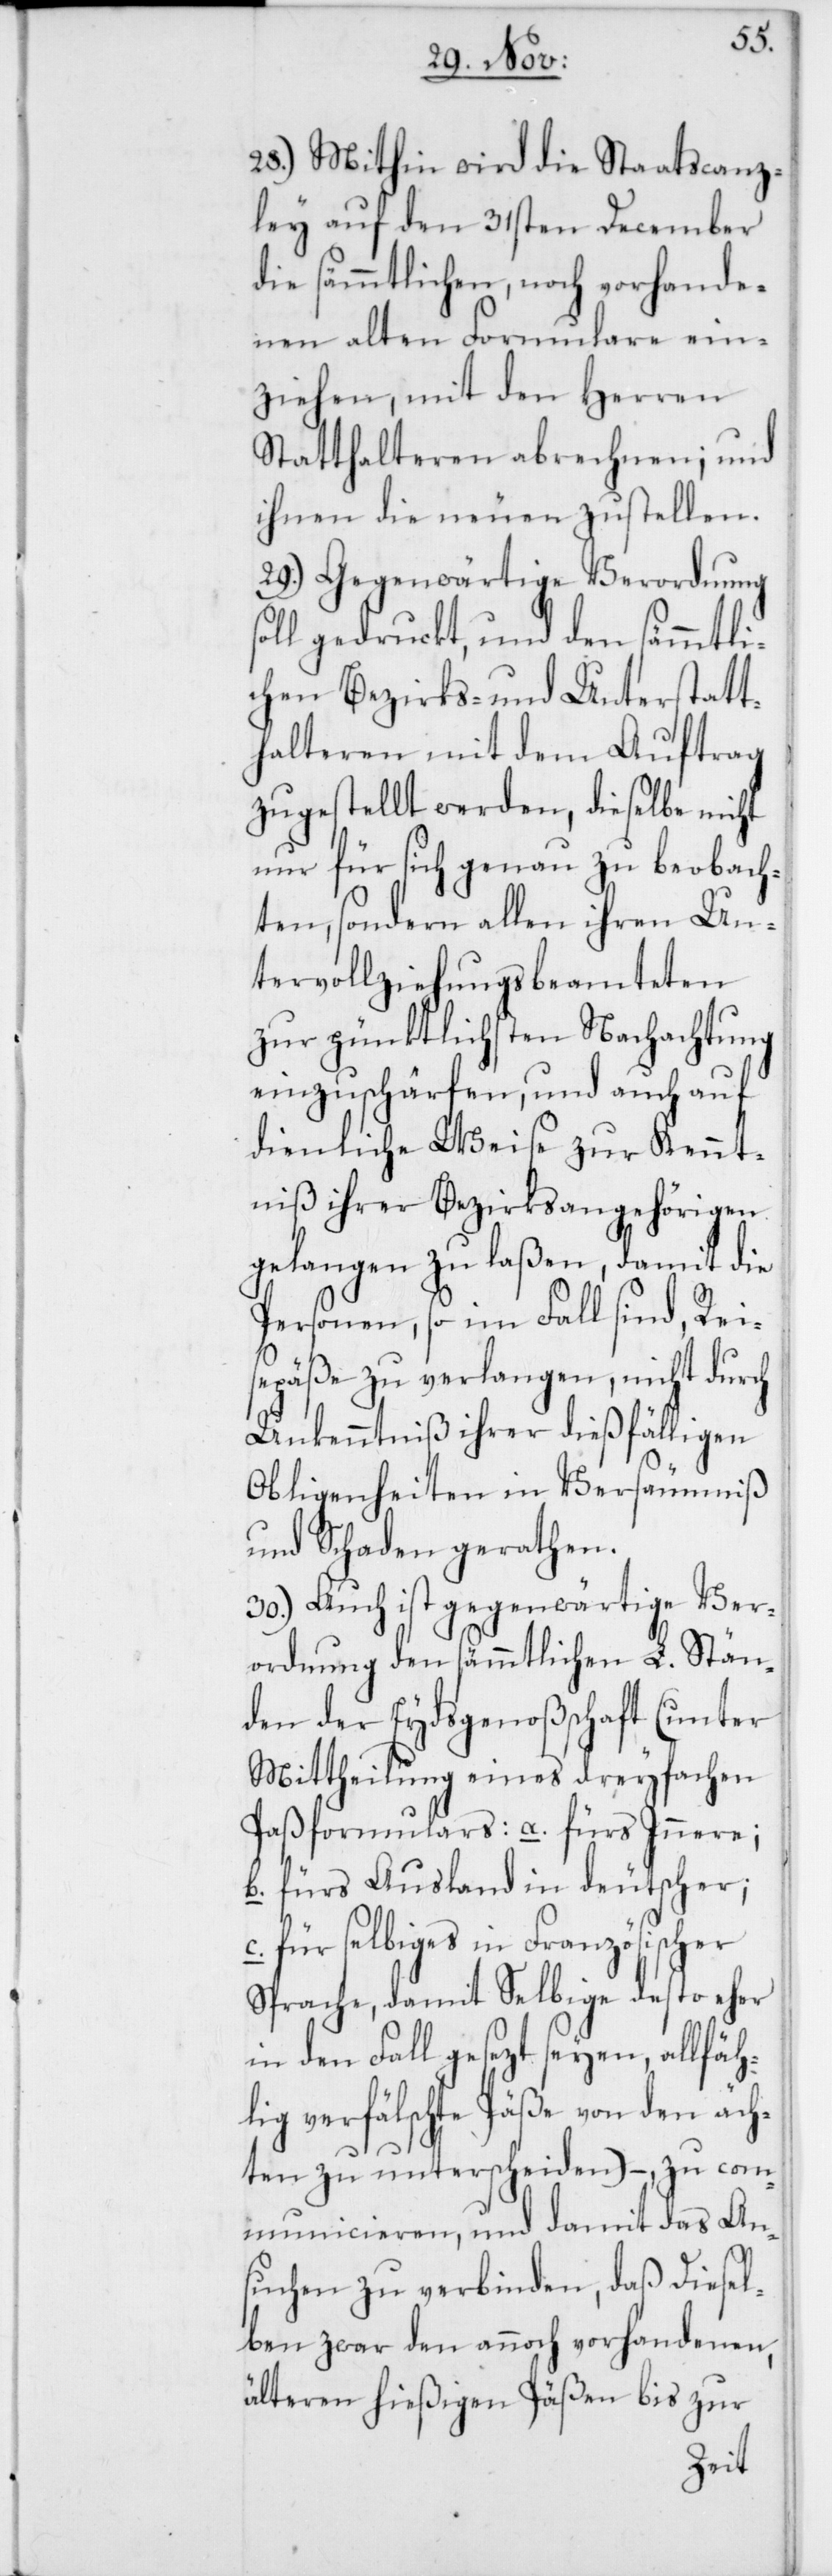
s¬
28.) Mithin wird die Staatscanz¬
ley auf den 31sten December
die sämmtlichen, noch vorhande¬
nen alten Formulare ein¬
ziehen, mit den Herren
Statthalteren abrechnen; und
ihnen die neuen zustellen.
29.) Gegenwärtige Verordnung
oll gedruckt, und den sämmtli¬
chen Bezirks- und Unterstatt¬
halteren mit dem Auftrag
zugestellt werden, dieselbe nicht
nur für sich genau zu beobach¬
ten, sondern allen ihren Un¬
tervollziehungsbeamteten
zur pünktlichsten Nachachtung
einzuschärfen, und auch auf
dienliche Weise zur Kennt¬
niß ihrer Bezirksangehörigen
gelangen zu laßen, damit die
Personen, so im Fall sind, Reis¬
epäße zu verlangen, nicht durch
Unkenntniß ihrer dießfälligen
Obliegenheiten in Versäumniß
und Schaden gerathen.
30.) Auch ist gegenwärtgie Ver¬
ordnung den sämmtlichen L. Stän¬
den der Eydsgenoßenschaft (unter
Mittheilung eines dreyfachen
Paßformulars: a. fürs Innere;
b. fürs Ausland in deutscher;
c. für selbiges in Französischer
Sprache, damit Selbige desto eher
in den Fall gesezt seyen, allfäh¬
lig verfälschte Päße von den äch¬
ten zu unterscheiden), – zu com¬
municieren, und damit das An¬
suchen zu verbinden, daß Diesel¬
ben zwar den annoch vorhandenen,
älteren hießigen Päßen bis zur